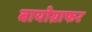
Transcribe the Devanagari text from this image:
बायोग्राफर